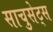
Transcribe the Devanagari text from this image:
साचुसेट्स